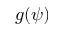
g ( \psi )